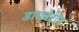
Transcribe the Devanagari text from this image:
डायबेटीस